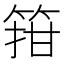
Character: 箝